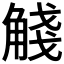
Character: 𧣴